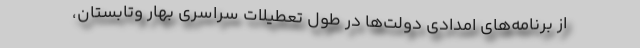
از برنامه‌های امدادی دولت‌ها در طول تعطیلات سراسری بهار وتابستان،